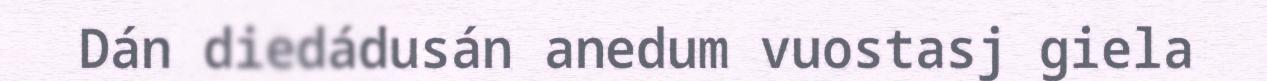
Dán diedádusán anedum vuostasj giela